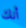
أنك